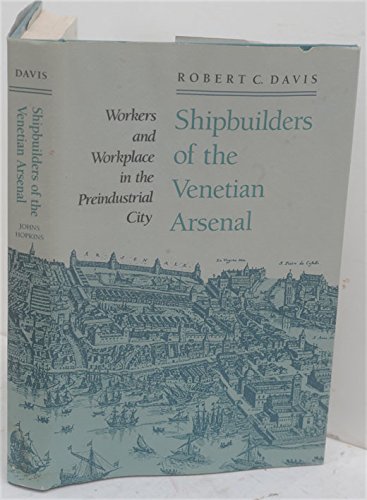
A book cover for Shipbuilders of the Venetian Arsenal: Workers and Workplace in the Preindustrial City (The Johns Hopkins University Studies in Historical and Political Science); Professor Robert C. Davis; Business & Money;